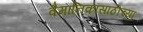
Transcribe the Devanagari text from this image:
वैमानिकांसाठीच्या